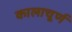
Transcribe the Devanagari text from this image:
कालाचूर्ण